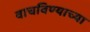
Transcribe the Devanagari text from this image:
वाचविण्याच्या